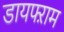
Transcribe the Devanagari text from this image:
डायफ्ऱाम